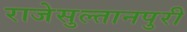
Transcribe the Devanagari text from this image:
राजेसुल्तानपुरी